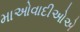
માઓવાદીઓએ